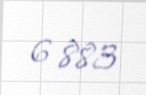
6 883